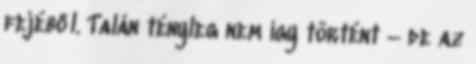
fejéből. Talán tényleg nem így történt – de az